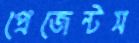
প্রেজেন্টস